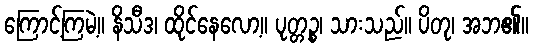
ကြောင့်ကြမဲ့။ နိသီဒ၊ ထိုင်နေလော့။ ပုတ္တဉ္စ၊ သားသည်။ ပိတု၊ အဘ၏။